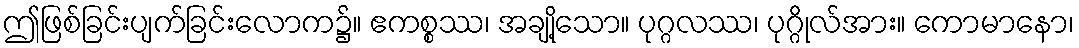
ဤဖြစ်ခြင်းပျက်ခြင်းလောက၌။ ဧကစ္စဿ၊ အချို့သော။ ပုဂ္ဂလဿ၊ ပုဂ္ဂိုလ်အား။ ကောမာနော၊